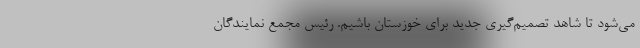
می‌شود تا شاهد تصمیم‌گیری جدید برای خوزستان باشیم. رئیس مجمع نمایندگان